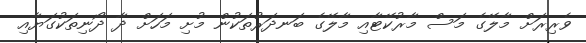
ވެރިރަށް މާލޭގެ މަސް މާރުކޭޓާއި މާލޭގެ ބަނދަރުތަކުން މުށި މަހަށް ދާ ދޯނިތަކުގަޔާއި